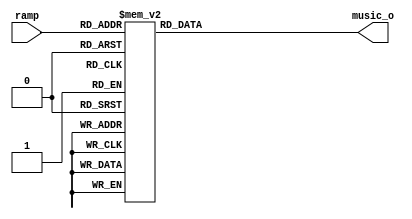
module wave_gen_brass(
input  [5:0] ramp,
output reg [15:0]music_o
);


always@(ramp[5:0])
begin
    case(ramp[5:0])
 0 :music_o=16'h0;
 1 :music_o=16'h0;
 2 :music_o=16'h0;
 3 :music_o=16'h0;
 4 :music_o=16'h0;
 5 :music_o=16'h0;
 6 :music_o=16'h0;
 7 :music_o=16'h366;
 8 :music_o=16'h782;
 9 :music_o=16'hC60;
 10 :music_o=16'h1208;
 11 :music_o=16'h183A;
 12 :music_o=16'h1E44;
 13 :music_o=16'h23EB;
 14 :music_o=16'h299B;
 15 :music_o=16'h2EDE;
 16 :music_o=16'h3339;
 17 :music_o=16'h36B0;
 18 :music_o=16'h38CC;
 19 :music_o=16'h38FD;
 20 :music_o=16'h3766;
 21 :music_o=16'h34AA;
 22 :music_o=16'h30FA;
 23 :music_o=16'h2C38;
 24 :music_o=16'h2697;
 25 :music_o=16'h2056;
 26 :music_o=16'h1984;
 27 :music_o=16'h1224;
 28 :music_o=16'hA8A;
 29 :music_o=16'h385;
 30 :music_o=16'hFFFFFDA8;
 31 :music_o=16'hFFFFF8E0;
 32 :music_o=16'hFFFFF4F2;
 33 :music_o=16'hFFFFF192;
 34 :music_o=16'hFFFFEE42;
 35 :music_o=16'hFFFFEB00;
 36 :music_o=16'hFFFFE84A;
 37 :music_o=16'hFFFFE650;
 38 :music_o=16'hFFFFE50C;
 39 :music_o=16'hFFFFE496;
 40 :music_o=16'hFFFFE48C;
 41 :music_o=16'hFFFFE47C;
 42 :music_o=16'hFFFFE465;
 43 :music_o=16'hFFFFE412;
 44 :music_o=16'hFFFFE361;
 45 :music_o=16'hFFFFE2CC;
 46 :music_o=16'hFFFFE2BC;
 47 :music_o=16'hFFFFE31C;
 48 :music_o=16'hFFFFE3E9;
 49 :music_o=16'hFFFFE515;
 50 :music_o=16'hFFFFE678;
 51 :music_o=16'hFFFFE7D8;
 52 :music_o=16'hFFFFE91B;
 53 :music_o=16'hFFFFEA5E;
 54 :music_o=16'hFFFFEBC1;
 55 :music_o=16'hFFFFED67;
 56 :music_o=16'hFFFFEF6D;
 57 :music_o=16'hFFFFF1FA;
 58 :music_o=16'hFFFFF4F2;
 59 :music_o=16'hFFFFF7D9;
 60 :music_o=16'hFFFFFA78;
 61 :music_o=16'hFFFFFCD7;
 62 :music_o=16'hFFFFFEF7;
 63 :music_o=16'hDA;
default	:music_o=0;
	endcase
end
endmodule